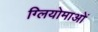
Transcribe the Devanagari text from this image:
ग्लियोमाओं